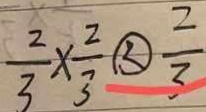
\frac { 2 } { 3 } \times \frac { 2 } { 3 } \textcircled { < } \frac { 2 } { 3 }